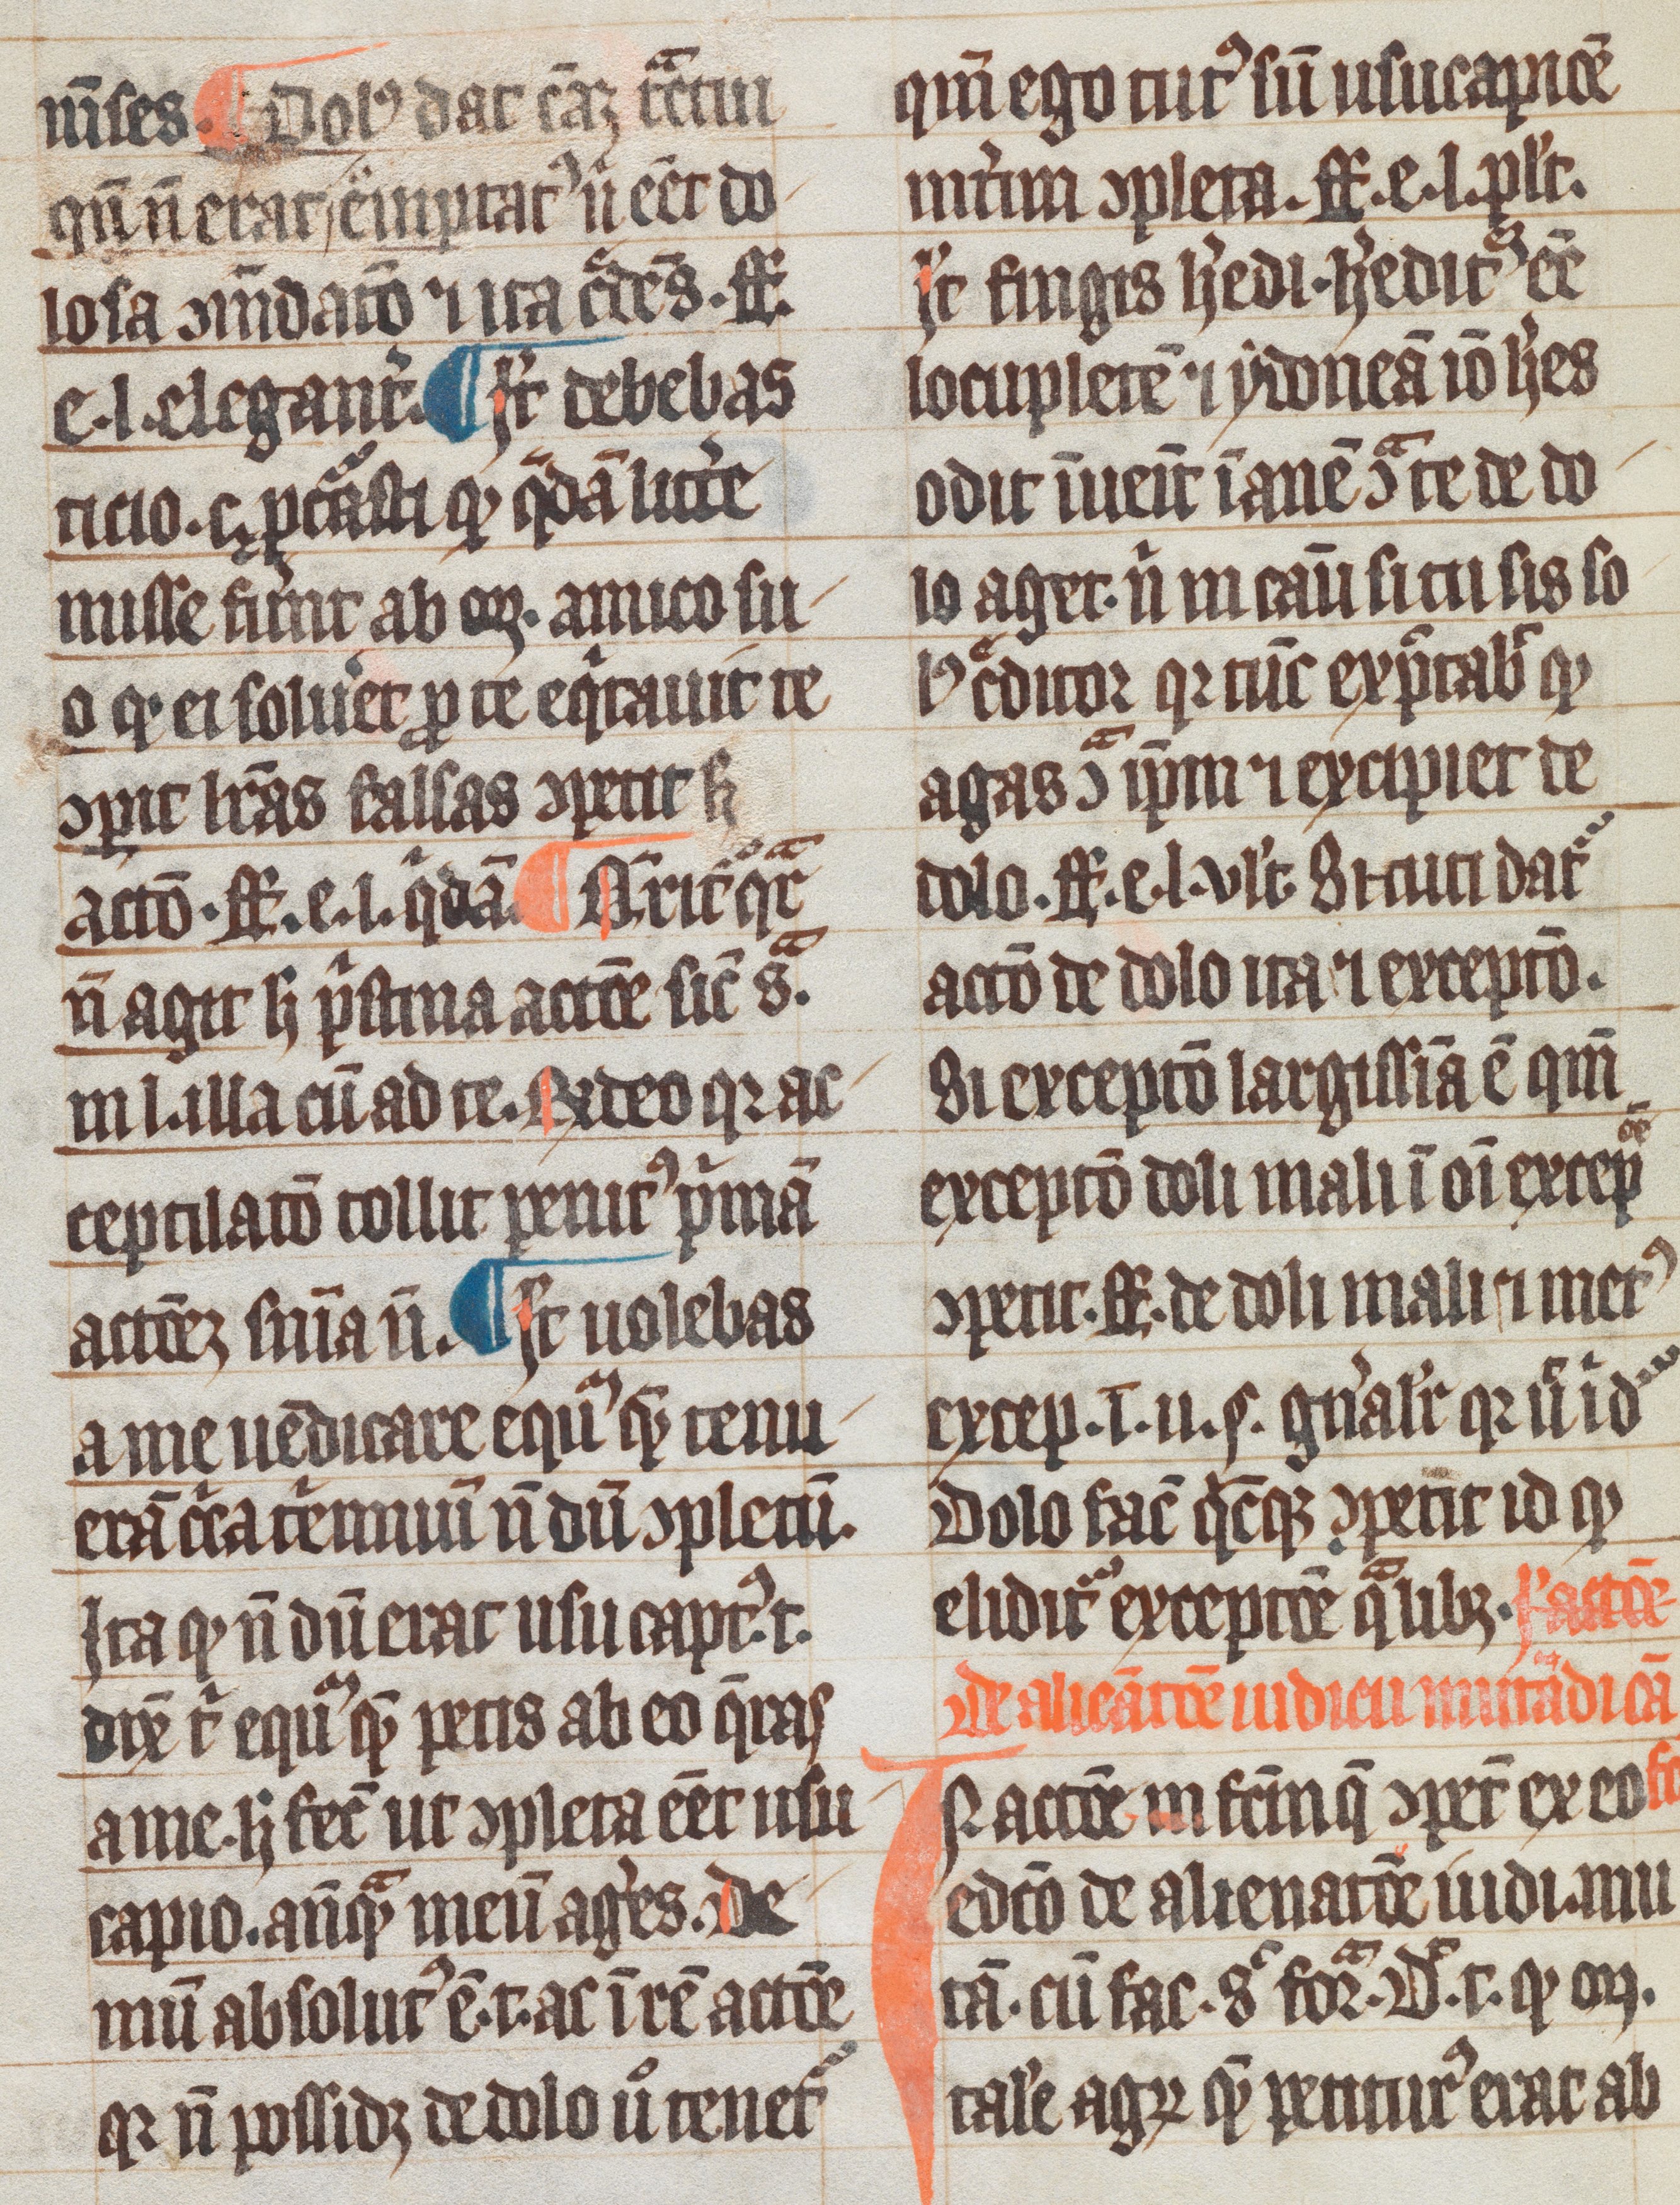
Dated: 1300–1399